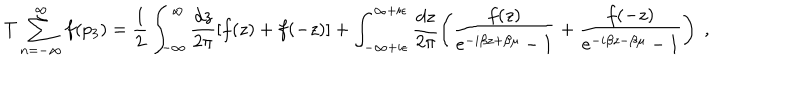
T \sum _ { n = - \infty } ^ { \infty } f ( p _ { 3 } ) = \frac { 1 } { 2 } \int _ { - \infty } ^ { \infty } \frac { d z } { 2 \pi } [ f ( z ) + f ( - z ) ] + \int _ { - \infty + i \epsilon } ^ { \infty + i \epsilon } \frac { d z } { 2 \pi } \left( \frac { f ( z ) } { e ^ { - i \beta z + \beta \mu } - 1 } + \frac { f ( - z ) } { e ^ { - i \beta z - \beta \mu } - 1 } \right) \; ,